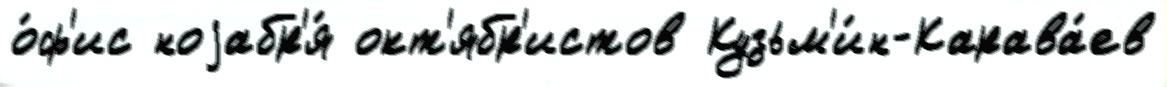
о́ф'ис ноjабр'я́ окт'ябр'истов Кузьм'и́н-Карава́ев